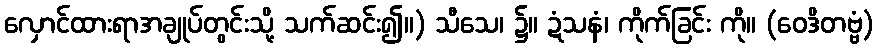
လှောင်ထားရာအချုပ်တွင်းသို့ သက်ဆင်း၍။) သီသေ၊ ၌။ ဍံသနံ၊ ကိုက်ခြင်း ကို။ (ဝေဒိတဗ္ဗံ)